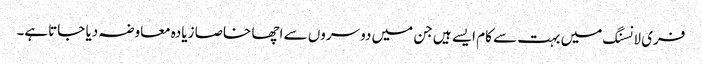
فری لانسنگ میں بہت سے کام ایسے ہیں جن میں دوسروں سے اچھا خاصا زیادہ معاوضہ دیا جاتاہے۔